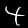
Digit: 4